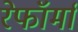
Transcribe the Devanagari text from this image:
रेफॉर्मा